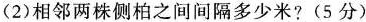
(2)相邻两株侧柏之间间隔多少米?(5分)